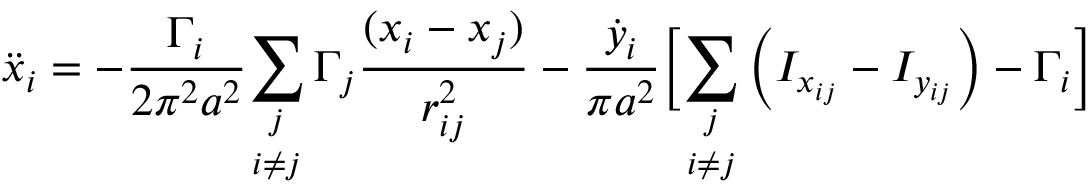
\ddot { x } _ { i } = - \frac { \Gamma _ { i } } { 2 \pi ^ { 2 } a ^ { 2 } } \underset { i \neq j } { \sum _ { j } } \, \Gamma _ { j } \frac { ( x _ { i } - x _ { j } ) } { r _ { i j } ^ { 2 } } - \frac { \dot { y } _ { i } } { \pi a ^ { 2 } } \biggr [ \underset { i \neq j } { \sum _ { j } } \left( I _ { x _ { i j } } - I _ { y _ { i j } } \right) - \Gamma _ { i } \biggr ]